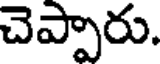
చెప్పారు.